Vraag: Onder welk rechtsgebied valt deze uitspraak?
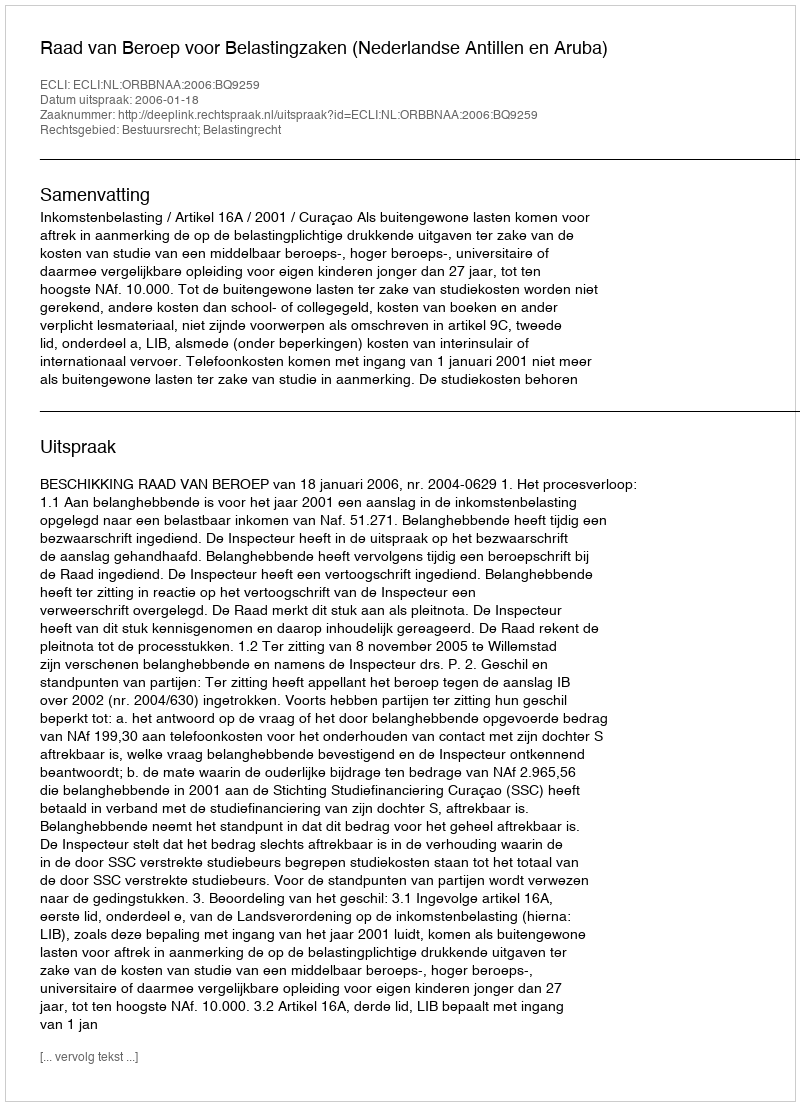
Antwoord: Bestuursrecht; Belastingrecht